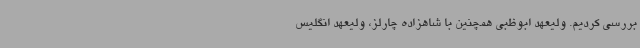
بررسی کردیم. ولیعهد ابوظبی همچنین با شاهزاده چارلز، ولیعهد انگلیس